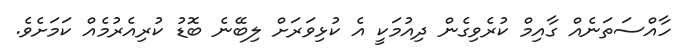
ހާއްސަތަނެއްް ގާއިމް ކުރެވިގެން ދިއުމަކީ އެ ކުޅިވަރަށް ލިބޭނެ ބޮޑު ކުރިއެރުމެއް ކަމަށެވެ.